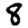
Digit: 8